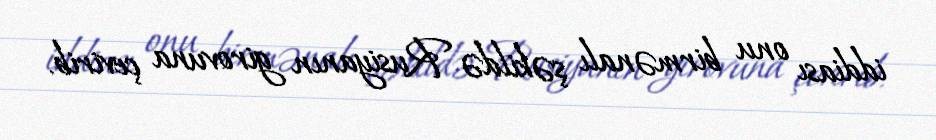
iddiası onu birmənalı şəkildə Rusiyanın girovuna çevirib.